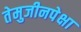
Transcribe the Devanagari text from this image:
तेमुजीनपेक्षा